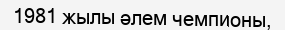
1981 жылы әлем чемпионы,